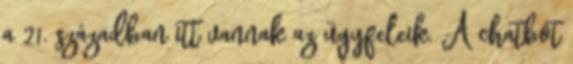
a 21. században itt vannak az ügyfeleik. A chatbot